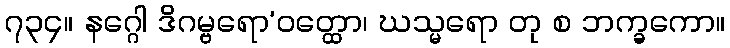
၇၃၄။ နဂ္ဂေါ ဒိဂမ္ဗရော’ဝတ္ထော၊ ဃသ္မရော တု စ ဘက္ခကော။